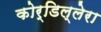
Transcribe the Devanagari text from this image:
कोर्डिल्लेरा